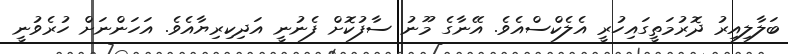
ބަލާލިއިރު ދޮރުމަތީގައިހުރީ އެލެކްސްއެވެ. އޭނާގެ މޫނު ސާފުކޮށް ފެނުނީ އަދިކިރިޔާއެވެ. އަހަންނަށް ހުރެވުނީ